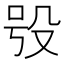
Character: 𣪆